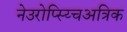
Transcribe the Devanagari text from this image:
नेउरोप्स्य्चिअत्रिक